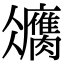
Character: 𦢻